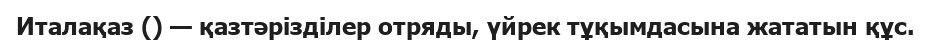
Италақаз () — қазтәрізділер отряды, үйрек тұқымдасына жататын құс.